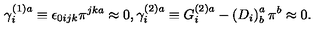
\gamma _ { i } ^ { ( 1 ) a } \equiv \epsilon _ { 0 i j k } \pi ^ { j k a } \approx 0 , \gamma _ { i } ^ { ( 2 ) a } \equiv G _ { i } ^ { ( 2 ) a } - \left( D _ { i } \right) _ { b } ^ { a } \pi ^ { b } \approx 0 .